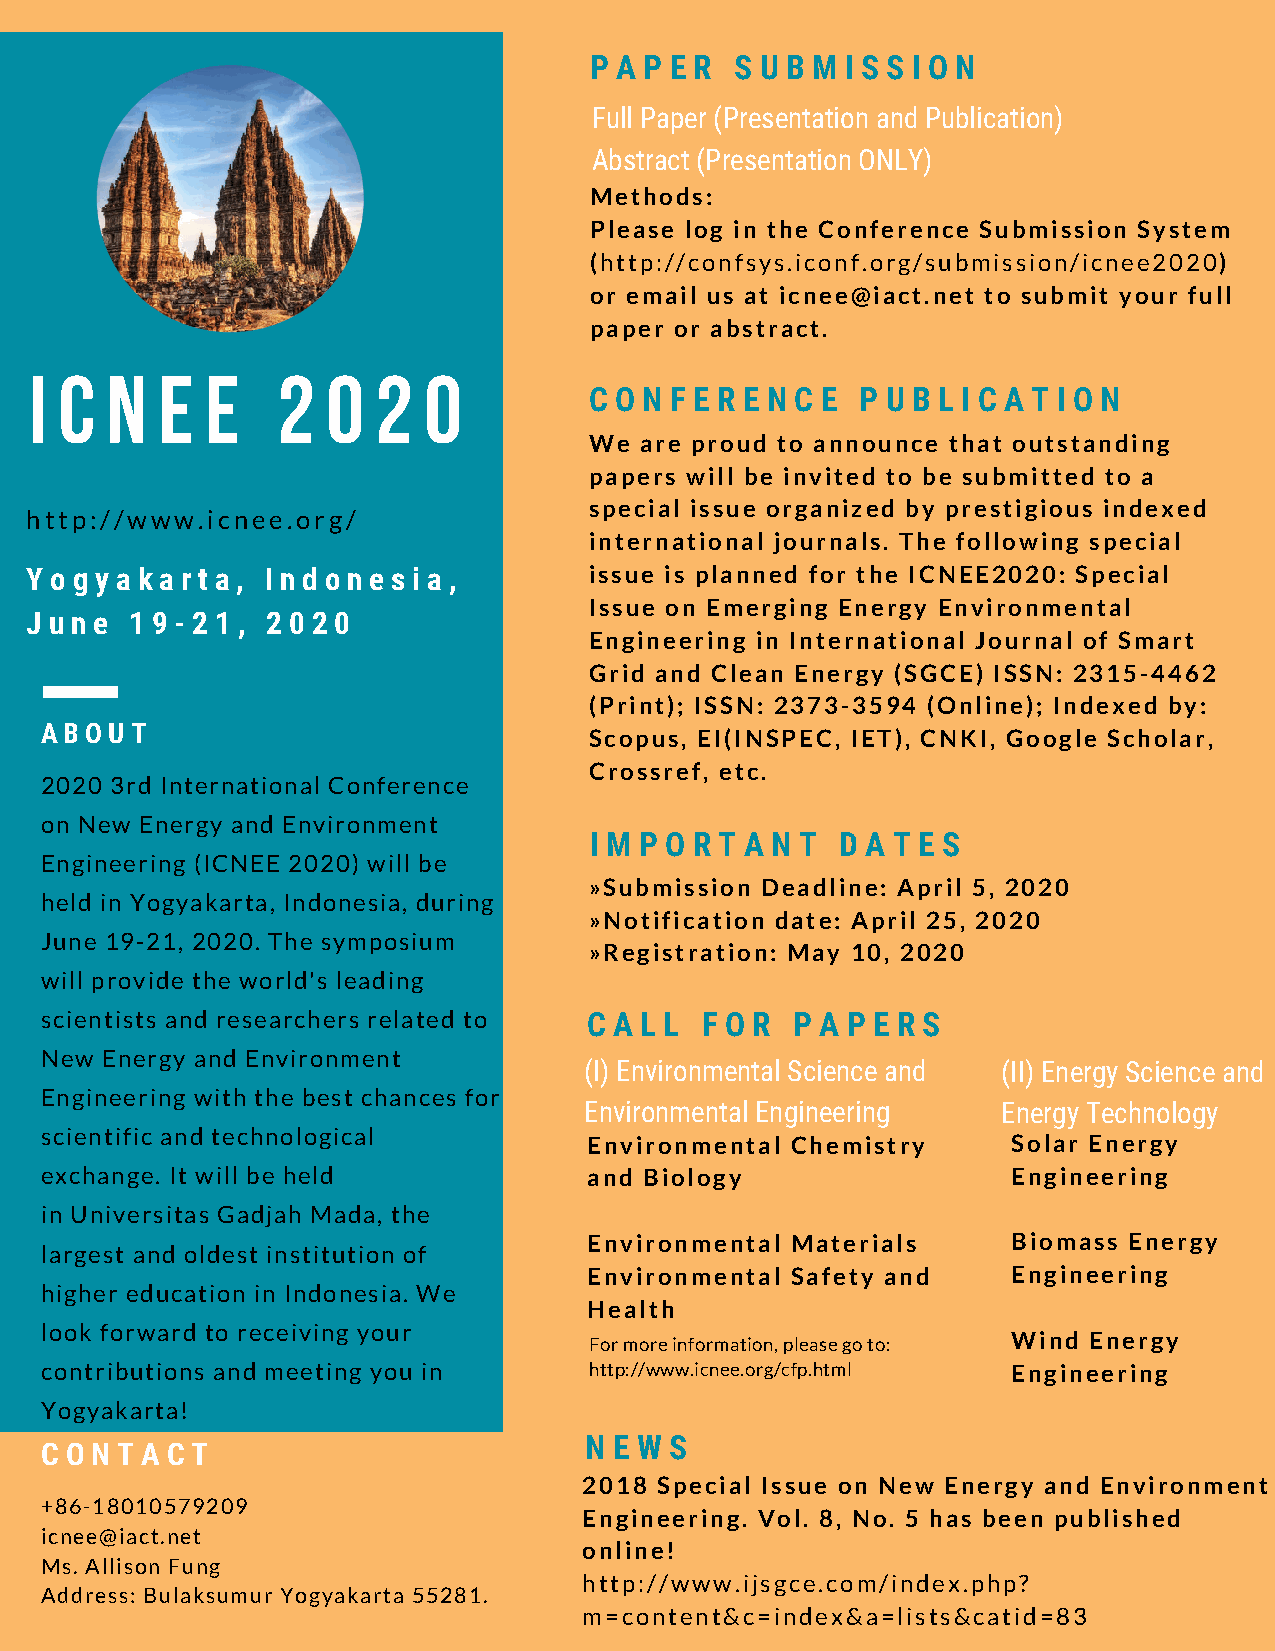
P A P E R S U B M I S S I O N
 Full Paper (Presentation and Publication)
 Abstract (Presentation ONLY)
 Methods:
 Please log in the Conference Submission System
 (http://confsys.iconf.org/submission/icnee2020)
 or email us at icnee@iact.net to submit your full
 paper or abstract.
 I C  N  E   E   2   0  2  0
 C O N F E R E N C E P U B L I C A T I O N
 We are proud to announce that outstanding
 papers will be invited to be submitted to a
 special issue organized by prestigious indexed
 http://www.icnee.org/
 international journals. The following special
 Y o g y a k a r t a , I n d o n e s i a , issue is planned for the ICNEE2020: Special
 Issue on Emerging Energy Environmental
 J u n e 1 9 - 2 1 , 2 0 2 0
 Engineering in International Journal of Smart
 Grid and Clean Energy (SGCE) ISSN: 2315-4462
 (Print); ISSN: 2373-3594 (Online); Indexed by:
 ABOUT
 Scopus, EI(INSPEC, IET), CNKI, Google Scholar,
 Crossref, etc.
 2020 3rd International Conference
 on New Energy and Environment
 I M P O R T A N T D A T E S
 Engineering (ICNEE 2020) will be
 »Submission Deadline: April 5, 2020
 held in Yogyakarta, Indonesia, during
 »Notification date: April 25, 2020
 June 19-21, 2020. The symposium
 »Registration: May 10, 2020
 will provide the world's leading
 scientists and researchers related to C A L L F O R P A P E R S
 New Energy and Environment
 (I) Environmental Science and (II) Energy Science and
 Engineering with the best chances for
 E nvironmental Engineering E nergy Technology
 scientific and technological
 Environmental Chemistry     Solar Energy
 exchange. It will be held           and Biology                 Engineering
 in Universitas Gadjah Mada, the
 Environmental Materials     Biomass Energy
 largest and oldest institution of
 Environmental Safety and    Engineering
 higher education in Indonesia. We
 Health
 look forward to receiving your
 For more information, please go to: Wind Energy
 contributions and meeting you in    http://www.icnee.org/cfp.html Engineering
 Yogyakarta!
 N E W S
 C O N T A C T
 2018 Special Issue on New Energy and Environment
 +86-18010579209
 Engineering. Vol. 8, No. 5 has been published
 icnee@iact.net
 online!
 Ms. Allison Fung
 http://www.ijsgce.com/index.php?
 Address: Bulaksumur Yogyakarta 55281.
 m=content&c=index&a=lists&catid=83